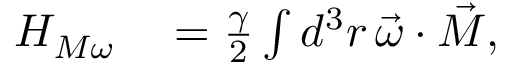
\begin{array} { r l } { H _ { M \omega } } & { { } = \frac { \gamma } { 2 } \int d ^ { 3 } r \, \vec { \omega } \cdot \vec { M } , } \end{array}